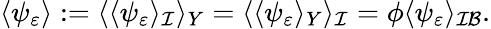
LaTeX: \begin{array}{r}{\langle\psi_{\varepsilon}\rangle:=\langle\langle\psi_{\varepsilon}\rangle_{\mathcal I}\rangle_{Y}=\langle\langle\psi_{\varepsilon}\rangle_{Y}\rangle_{\mathcal I}=\phi\langle\psi_{\varepsilon}\rangle_{\mathcal{IB}}.}\end{array}